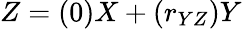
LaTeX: Z=(0)X+(r_{YZ})Y